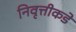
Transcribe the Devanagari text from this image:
निवृत्तीकडे